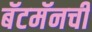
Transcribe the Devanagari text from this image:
बॅटमॅनची